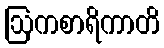
ဩကစာရိကာတိ